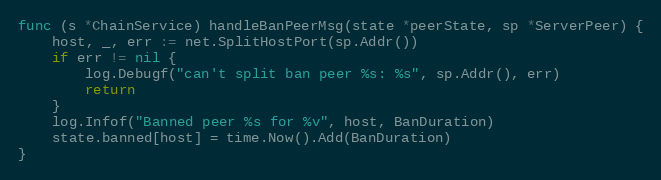
Language: Go
func (s *ChainService) handleBanPeerMsg(state *peerState, sp *ServerPeer) {
	host, _, err := net.SplitHostPort(sp.Addr())
	if err != nil {
		log.Debugf("can't split ban peer %s: %s", sp.Addr(), err)
		return
	}
	log.Infof("Banned peer %s for %v", host, BanDuration)
	state.banned[host] = time.Now().Add(BanDuration)
}